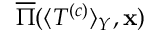
\overline { { \Pi } } ( \langle T ^ { \left( c \right) } \rangle _ { Y } , \mathbf { x } )